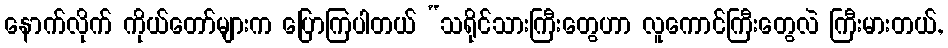
နောက်လိုက် ကိုယ်တော်များက ပြောကြပါတယ် “သရိုင်သားကြီးတွေဟာ လူကောင်ကြီးတွေလဲ ကြီးမားတယ်,